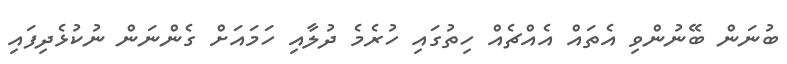
ބުނަން ބޭނުންވި އެތައް އެއްޗެއް ހިތުގައި ހުރެމެ ދުލާއި ހަމައަށް ގެންނަން ނުކުޅެދިފައި